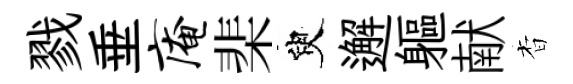
戮垂庵棐臾邂軀献杳